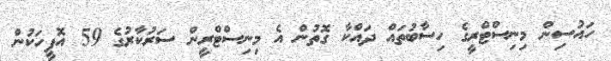
ހައުސިން މިނިސްޓްރީގެ ހިސާބުތައް ދައްކާ ގޮތުން އެ މިނިސްޓްރީން ސަރުކާރުގެ 59 އޮފީހަކުން